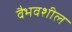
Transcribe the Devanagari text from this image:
वैभवशील